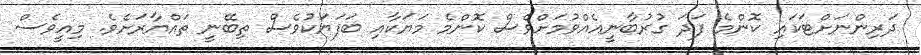
ދަރިންނަށްޓަކައި ކޮންމެ ފަދަ ގުރުބާނީއެއްވުމަށްވެސް ކޮންމެ މަޔަކާއި ބަފަޔަކުވެސް ތިބޭނީ ތައްޔާރަށެވެ. މިއީވެސް